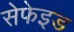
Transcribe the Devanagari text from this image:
सेफेइड